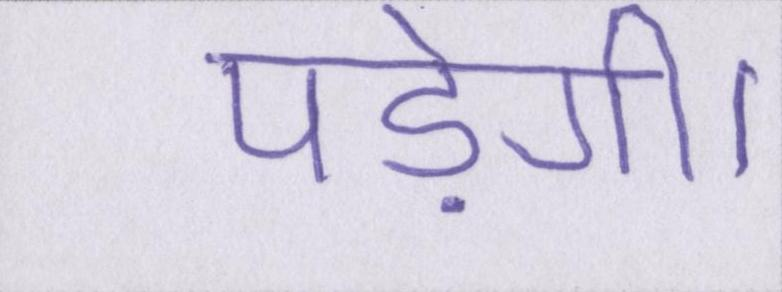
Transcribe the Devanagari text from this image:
पड़ेगी।